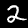
Digit: 2